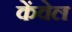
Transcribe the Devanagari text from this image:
केंवेल